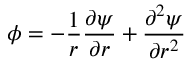
\phi = - \frac { 1 } { r } \frac { \partial \psi } { \partial r } + \frac { \partial ^ { 2 } \psi } { \partial r ^ { 2 } }